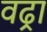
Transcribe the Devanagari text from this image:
वढ्रा